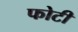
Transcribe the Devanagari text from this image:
फोटी